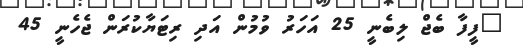
"ފީފާ ބެޖް ލިބެނީ 25 އަހަރު ވުމުން އަދި ރިޓަޔާކުރަން ޖެހެނީ 45